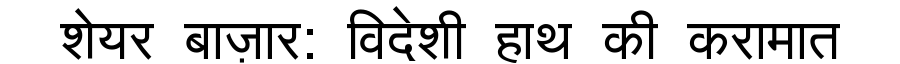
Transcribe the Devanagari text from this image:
शेयर बाज़ार: विदेशी हाथ की करामात